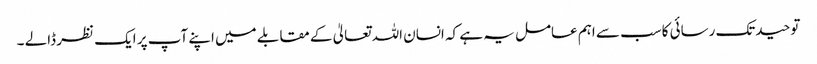
توحیدتک رسائی کاسب سے اہم عامل یہ ہے کہ انسان اللہ تعالیٰ کے مقابلے میں اپنے آپ پر ایک نظر ڈالے ۔